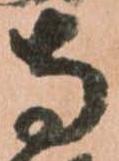
寺